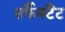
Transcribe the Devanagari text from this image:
सर्फैक्टैंट